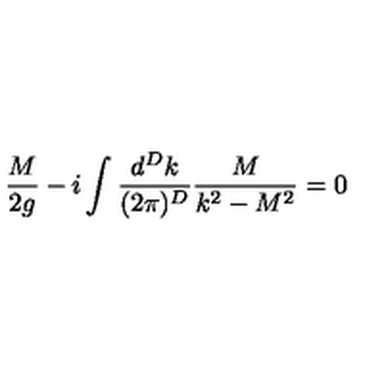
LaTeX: \frac { M } { 2 g } - i \int \frac { d ^ { D } k } { ( 2 \pi ) ^ { D } } \frac { M } { k ^ { 2 } - M ^ { 2 } } = 0